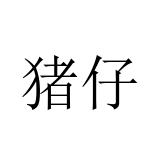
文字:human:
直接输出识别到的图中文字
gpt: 猪仔